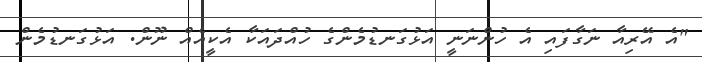
"އެ އޭރިއާ ނަގާފައި އެ ހުންނަނީ އަޅުގަނޑުމެންގެ ހުއްދައަކާ އެކީއެއް ނޫން. އަަޅުގަނޑުމެން